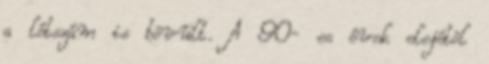
a létszám is bõvült. A 90- es évek elejétõl